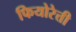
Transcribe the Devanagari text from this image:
फियोरेत्ती